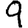
Digit: 9